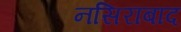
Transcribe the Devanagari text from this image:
नसिराबाद